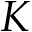
K